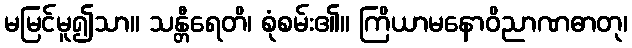
မမြင်မူ၍သာ။ သန္တီရေတိ၊ စုံစမ်း၏။ ကြိယာမနောဝိညာဏဓာတု၊